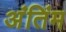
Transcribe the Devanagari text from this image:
अंतिंम